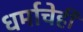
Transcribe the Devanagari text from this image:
धर्माचेही